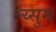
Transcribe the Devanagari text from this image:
ल्य्सुम